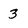
Character: 3